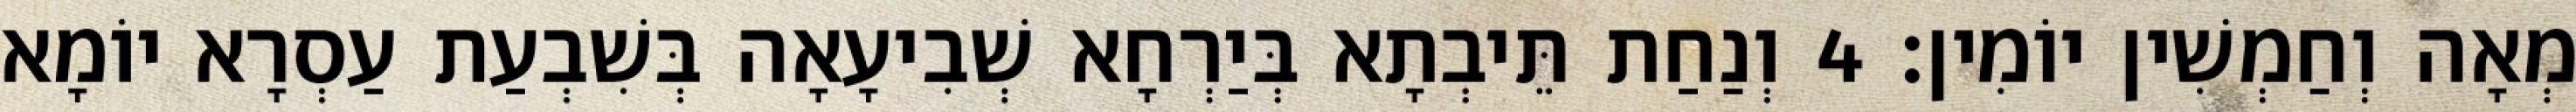
מְאָה וְחַמְשִׁין יוֹמִין׃ 4 וְנַחַת תֵּיבְתָא בְּיַרְחָא שְׁבִיעָאָה בְּשִׁבְעַת עַסְרָא יוֹמָא